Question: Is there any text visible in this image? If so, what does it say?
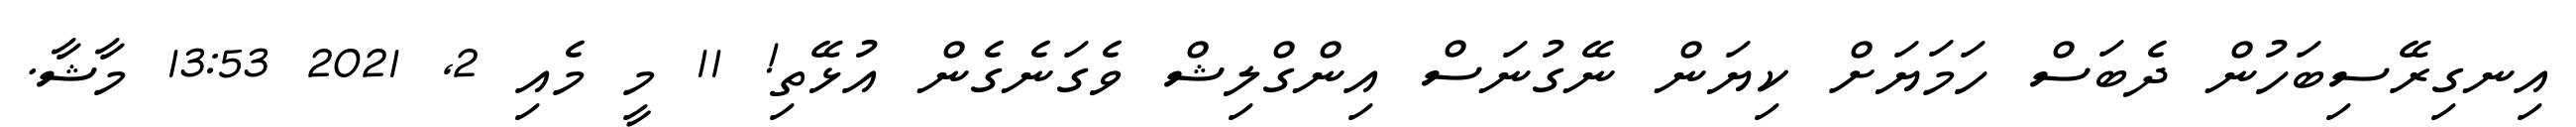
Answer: އިނގިރޭސިބަހުން ދެބަސް ހަމަޔަށް ކިޔަން ނޭގުނަސް އިންގްލިޝް ވެގަނެގެން އުޅޭތި! 11 މީ މެއި 2, 2021 13:53 މާޝާ.